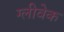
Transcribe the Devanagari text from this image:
ग्लीवेक